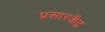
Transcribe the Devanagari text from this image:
प्रसारकेंद्र